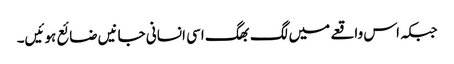
جبکہ اس واقعے میں لگ بھگ اسی انسانی جانیں ضائع ہوئیں۔